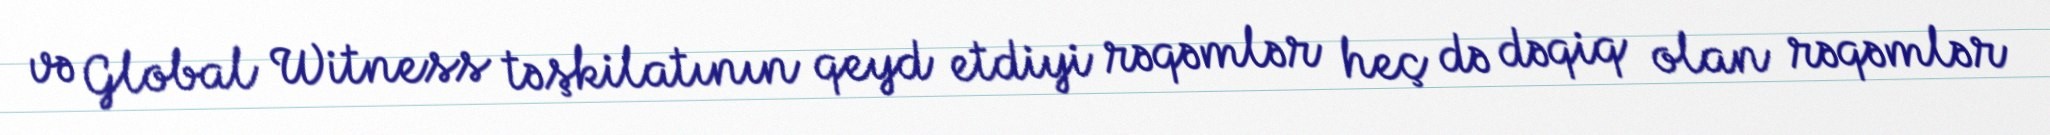
və Global Witness təşkilatının qeyd etdiyi rəqəmlər heç də dəqiq olan rəqəmlər